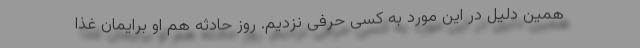
همین دلیل در این مورد به کسی حرفی نزدیم. روز حادثه هم او برایمان غذا